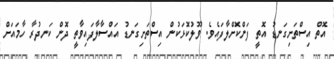
އޮތް އިސްތަށިގަނޑު އޮތީ ފަންކޮށްލާފައެވެ. ވޫލުކޮޅަކުން އިސްތަށިގަނޑު އައްސާލާފައިވާތީ ދޮން ކަނދުރާ ހާމައަށް